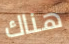
هناك